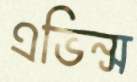
এভিন্স